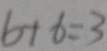
6 + 6 = 3